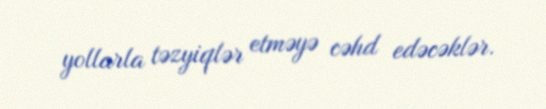
yollarla təzyiqlər etməyə cəhd edəcəklər.